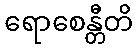
ရောစေန္တီတိ